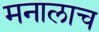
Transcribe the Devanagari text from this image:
मनालाच